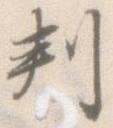
判